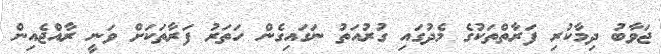
ޖަވާބު ދިމާކުރި ފަރާތްތަކުގެ މެދުގައި ގުރުއަތު ނަގައިގެން ހަތަރު ފަރާތަކަށް ވަނީ ރާއްޖެއިން